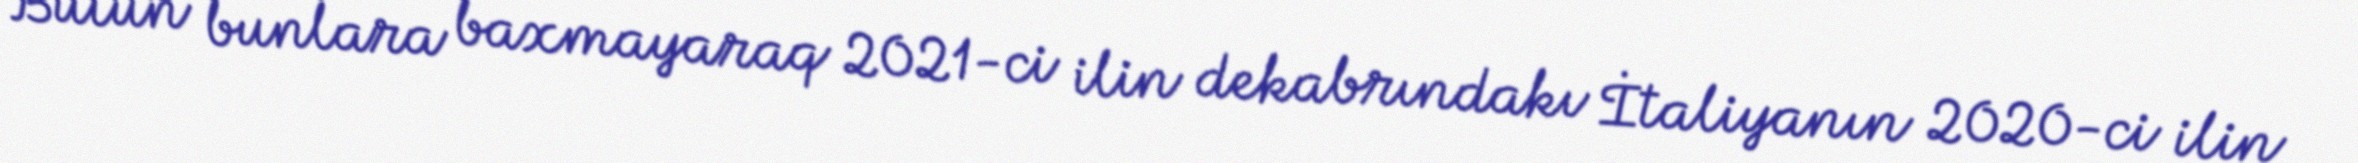
Bütün bunlara baxmayaraq 2021-ci ilin dekabrındakı İtaliyanın 2020-ci ilin